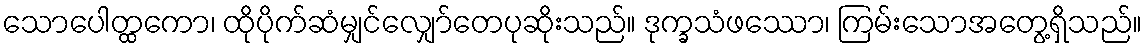
သောပေါတ္ထကော၊ ထိုပိုက်ဆံမျှင်လျှော်တေပုဆိုးသည်။ ဒုက္ခသံဖဿော၊ ကြမ်းသောအတွေ့ရှိသည်။